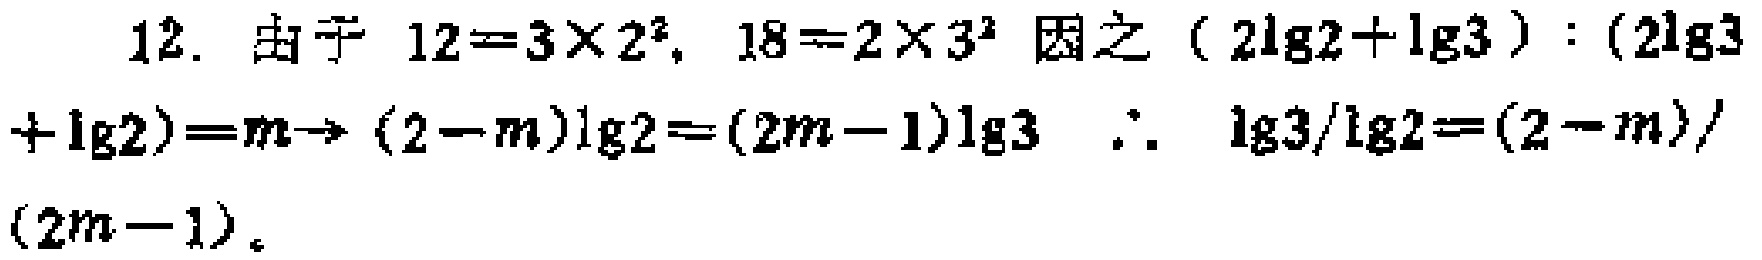
12. 由于 \(12 = 3\times2^{2}\), \(18 = 2\times3^{2}\) 因之 \((2\lg2+\lg3):(2\lg3+\lg2)=m\to(2 - m)\lg2=(2m - 1)\lg3\) \(\therefore\) \(\lg3/\lg2=(2 - m)/(2m - 1)\)。